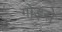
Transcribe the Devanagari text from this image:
गोड़से